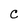
Character: C